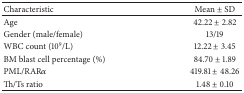
<table><thead><tr><td><b>Characteristic</b></td><td><b>Mean ± SD</b></td></tr></thead><tbody><tr><td>Age</td><td>42.22 ± 2.82</td></tr><tr><td>Gender (male/female)</td><td>13/19</td></tr><tr><td>WBC count (10<sup>9</sup>/L)</td><td>12.22 ± 3.45</td></tr><tr><td>BM blast cell percentage (%)</td><td>84.70 ± 1.89</td></tr><tr><td>PML/RAR<i>α</i></td><td>419.81 ± 48.26</td></tr><tr><td>Th/Ts ratio</td><td>1.48 ± 0.10</td></tr></tbody></table>